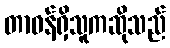
တာဝန်ရှိသူကဆိုသည်